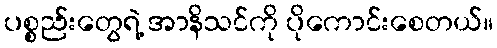
ပစ္စည်းတွေရဲ့ အာနိသင်ကို ပိုကောင်းစေတယ်။